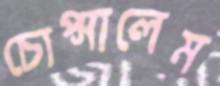
চোপ্‌সালেম